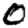
Digit: 0